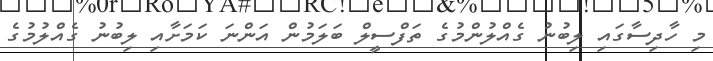
މި ހާދިސާގައި ލިބުނު ގެއްލުންމުގެ ތަފްސީލް ބަލަމުން އަންނަ ކަމަށާއި ލިބުނު ގެއްލުމުގެ